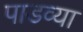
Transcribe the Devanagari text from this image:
पाडव्या